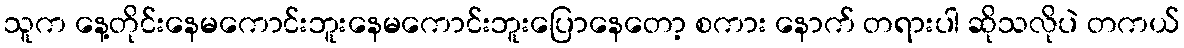
သူက နေ့တိုင်းနေမကောင်းဘူးနေမကောင်းဘူးပြောနေတော့ စကား နောက် တရားပါ ဆိုသလိုပဲ တကယ်